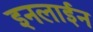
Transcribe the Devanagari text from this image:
इनलाईन